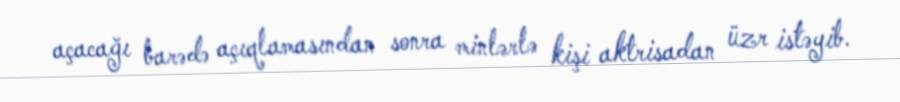
açacağı barədə açıqlamasından sonra minlərlə kişi aktrisadan üzr istəyib.